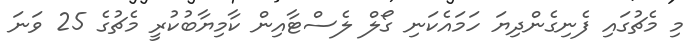
މި މެޗުގައި ފެނިގެންދިޔަ ހަމައެކަނި ގޯލް ލެސްޓާއިން ކާމިޔާބުކުރީ މެޗުގެ 25 ވަނަ